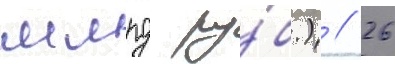
млрд ру́б.) // 26